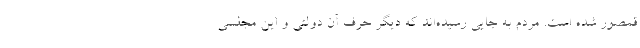
قمصور شده است. مردم به جایی رسیده‌اند که دیگر حرف آن دولتی و این مجلسی